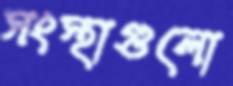
সংস্থাগুলো